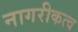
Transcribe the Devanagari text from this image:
नागरीकत्व